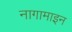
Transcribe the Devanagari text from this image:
नागामाइन